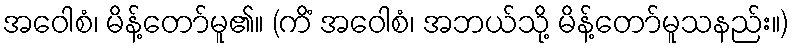
အဝေါစံ၊ မိန့်တော်မူ၏။ (ကိံ အဝေါစံ၊ အဘယ်သို့ မိန့်တော်မူသနည်း။)